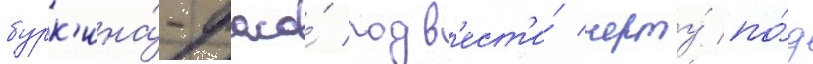
бурк'ина́-фасо́ подв'ест'и́ черту́ по́д